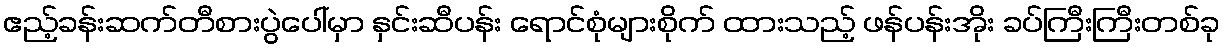
ဧည့်ခန်းဆက်တီစားပွဲပေါ်မှာ နှင်းဆီပန်း ရောင်စုံများစိုက် ထားသည့် ဖန်ပန်းအိုး ခပ်ကြီးကြီးတစ်ခု